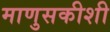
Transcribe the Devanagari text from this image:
माणुसकीशी